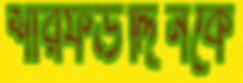
শারফউদ্দিনকে